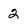
Character: 2